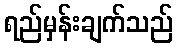
ရည်မှန်းချက်သည်